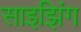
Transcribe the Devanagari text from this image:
साइझिंग